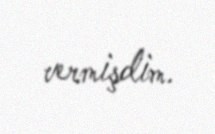
vermişdim.